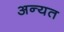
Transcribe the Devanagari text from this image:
अन्यत